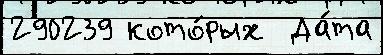
290239 кото́рых  Да́та